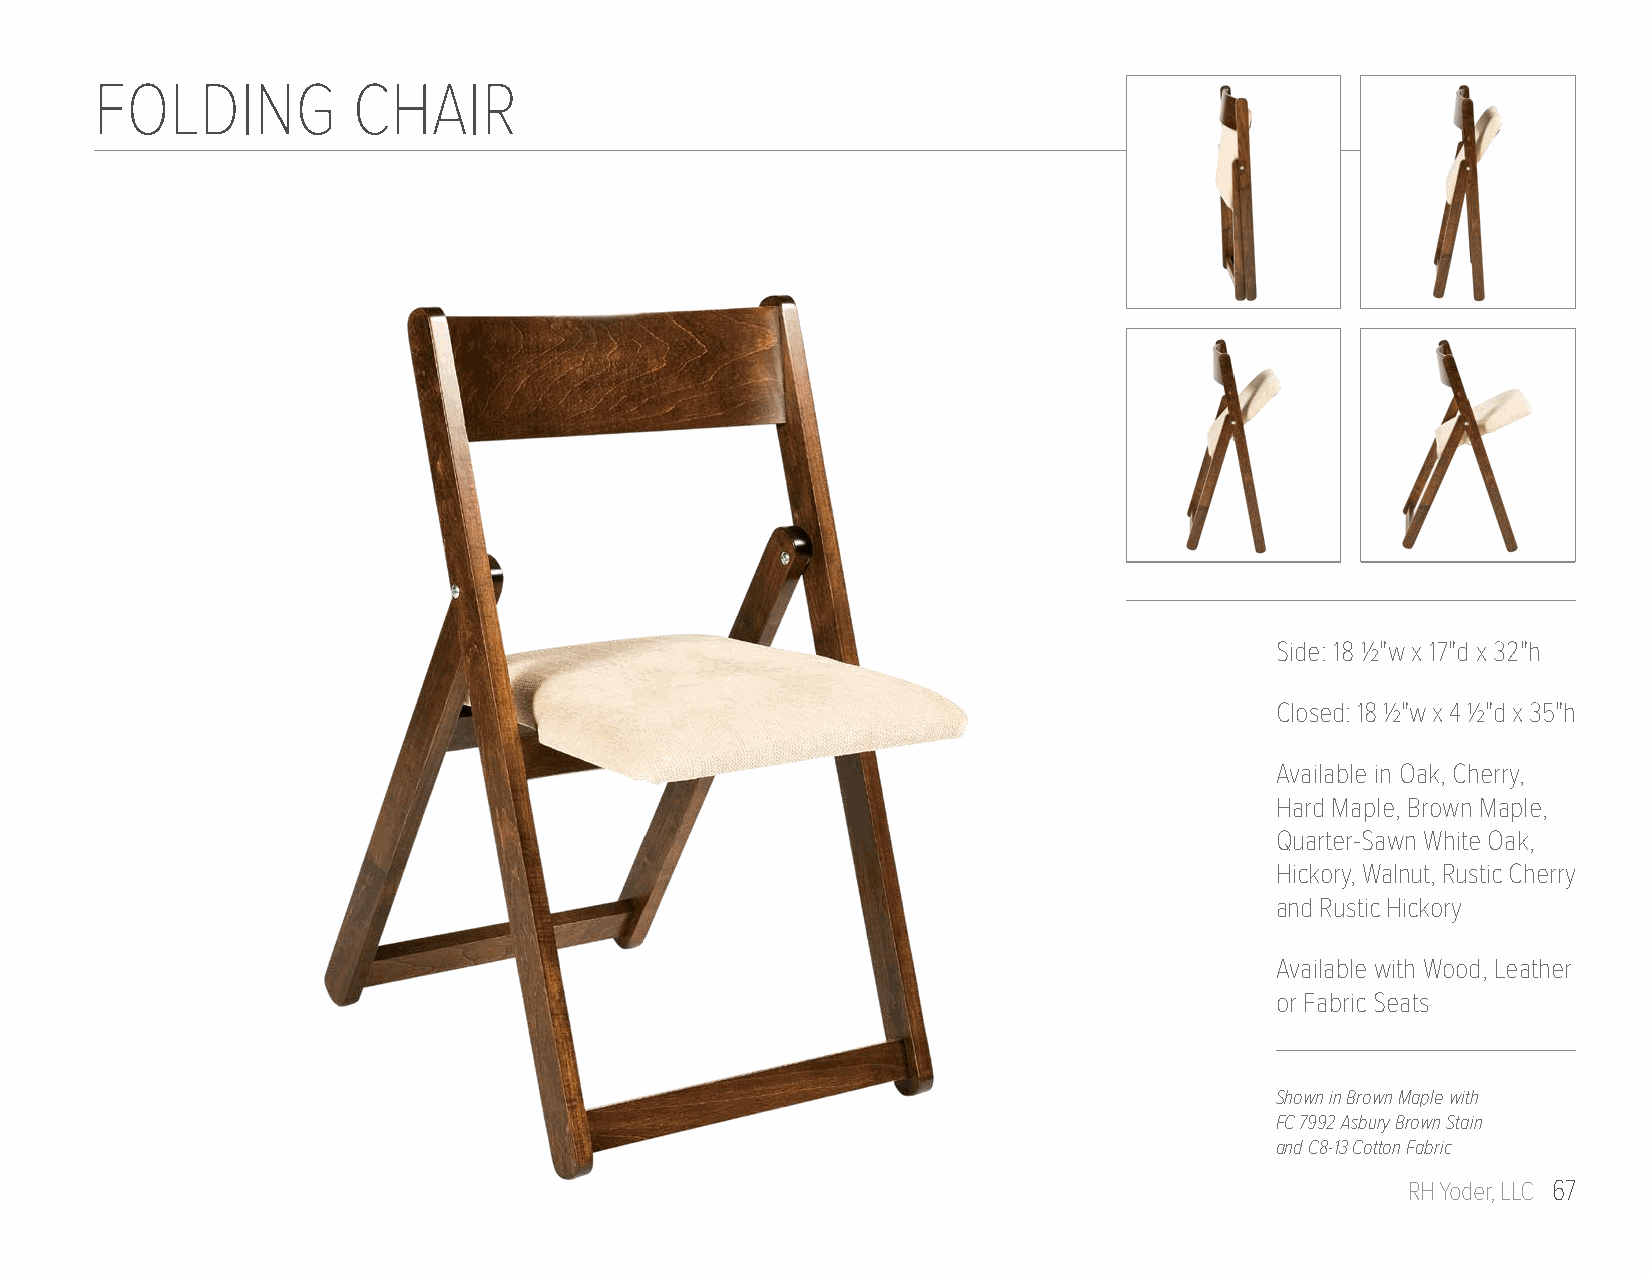
FOLDING          CHAIR
 Side: 18 1/2"w x 17"d x 32"h
 Closed: 18 1/2"w x 4 1/2"d x 35"h
 Available in Oak, Cherry,
 Hard Maple, Brown Maple,
 Quarter-Sawn White Oak,
 Hickory, Walnut, Rustic Cherry
 and Rustic Hickory
 Available with Wood, Leather
 or Fabric Seats
 Shown in Brown Maple with
 FC 7992 Asbury Brown Stain
 and C8-13 Cotton Fabric
 RH Yoder, LLC 67